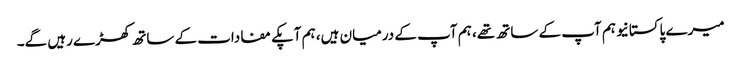
میرے پاکستانیو ہم آپ کے ساتھ تھے، ہم آپ کے درمیان ہیں، ہم آپکے مفادات کے ساتھ کھڑے رہیں گے۔